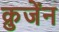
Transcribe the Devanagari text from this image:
क्रुजेंन